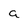
Character: a